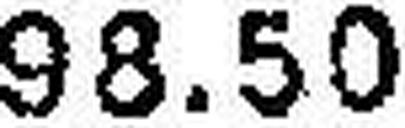
98.50